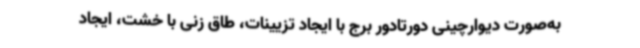
به‌صورت دیوارچینی دورتادور برج با ایجاد تزیینات، طاق زنی با خشت، ایجاد